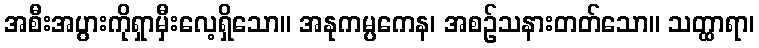
အစီးအပွားကိုရှာမှီးလေ့ရှိသော။ အနုကမ္ပကေန၊ အစဉ်သနားတတ်သော။ သတ္ထာရာ၊